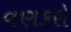
વણકરો